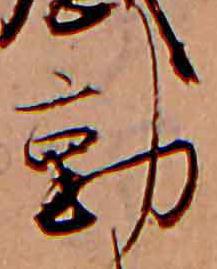
動